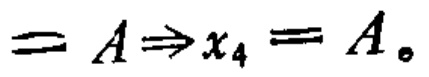
$= A\Rightarrow x_{4}=A。$